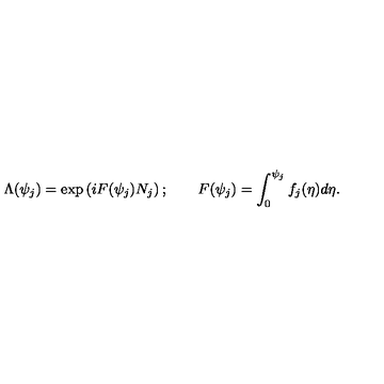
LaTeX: \Lambda ( \psi _ { j } ) = \exp \left( i F ( \psi _ { j } ) N _ { j } \right) ; \qquad F ( \psi _ { j } ) = \int _ { 0 } ^ { \psi _ { j } } f _ { j } ( \eta ) d \eta .